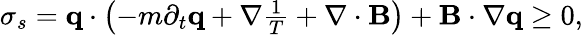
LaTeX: \begin{array}{r}{\sigma_{s}=\mathbf q\cdot\left(-m\partial_{t}\mathbf q+\nabla\frac{1}{T}+\nabla\cdot\mathbf B\right)+\mathbf B\cdot\nabla\mathbf q\geq 0,}\end{array}